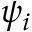
\psi _ { i }